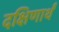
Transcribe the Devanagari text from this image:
दक्षिणार्थं